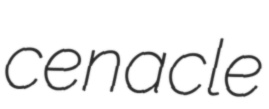
cenacle